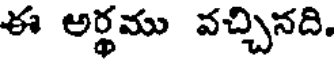
ఈ అర్థము వచ్చినది.